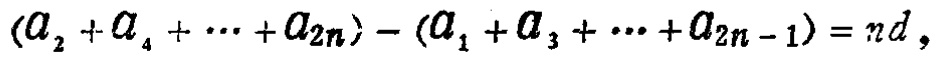
\((a_{2}+a_{4}+\cdots +a_{2n})-(a_{1}+a_{3}+\cdots +a_{2n - 1})=nd\)